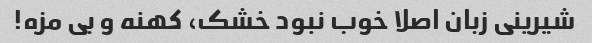
شیرینی زبان اصلا خوب نبود خشک، کهنه و بی مزه!